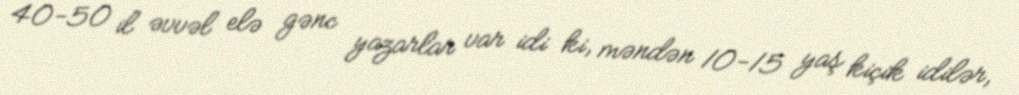
40-50 il əvvəl elə gənc yazarlar var idi ki, məndən 10-15 yaş kiçik idilər,